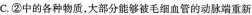
C.②中的各种物质，大部分能够被毛细血管的动脉端重新